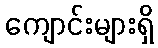
ကျောင်းများရှိ